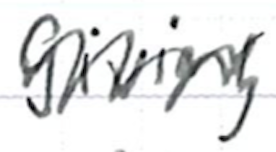
Text: giving
Cross-out: zig-zag
Writing tool: ballpoint